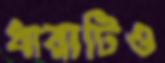
ধারাটিও